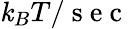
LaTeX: \mathit{k}_{B}T/\mathrm{{~s~e~c~}}